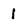
Character: 1